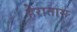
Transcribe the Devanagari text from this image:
हेरातास